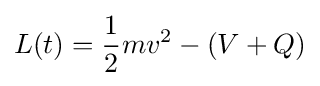
L(t)={\frac {1}{2}}mv^{2}-(V+Q)